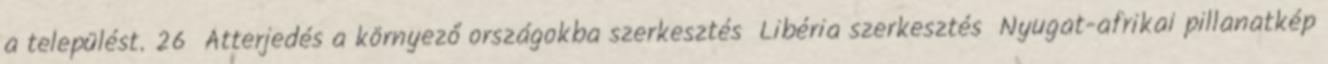
a települést. 26 Átterjedés a környező országokba szerkesztés Libéria szerkesztés Nyugat-afrikai pillanatkép